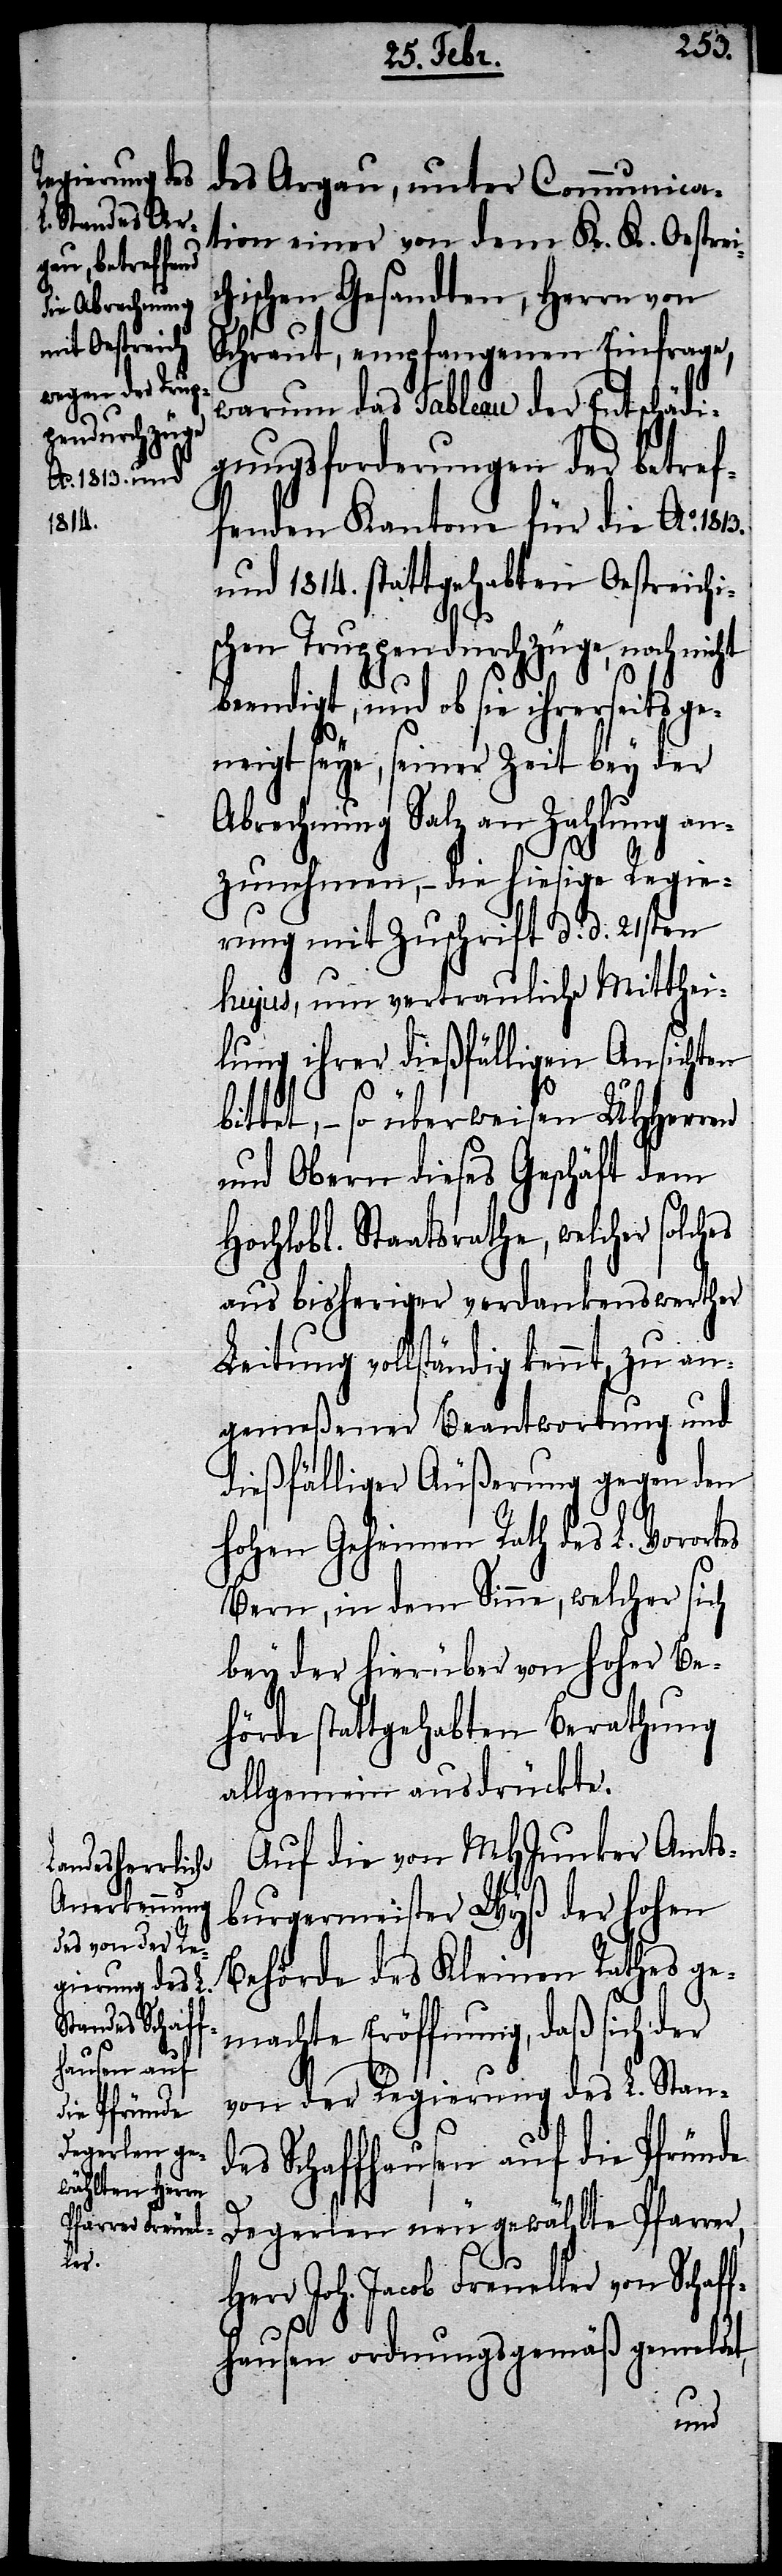
1813.

des Argau, unter Communica¬
tion einer von dem K. K. Oestrei¬
chischen Gesandten, Herrn von
Schraut, empfangenen Einfrage,
warum das Tableau der Entschädi¬
gungsforderungen der betref¬
fenden Kantone für die Ao.
und 1814. stattgehabten Oestreichi¬
schen Truppendurchzüge, noch nicht
beendigt, und ob sie ihrerseits ge¬
neigt seye, seiner Zeit bey der
Abrechnung Salz an Zahlung an¬
zunehmen, – die hiesige Regie¬
rung mit Zuschrift d. d. 21sten
hujus, um vertrauliche Mitthei¬
lung ihrer dießfälligen Ansichten
bittet, – so überweisen UHHerren
und Obern dieses Geschäft dem
Hochlobl. Staatsrathe, welcher solch¬
aus bisheriger verdankenswerther
Leitung vollständig kennt, zu an¬
gemeßener Beantwortung und
dießfälliger Äußerung gegen den
es
hohen Geheimen Rath des L. Vorortes
Bern, in dem Sinne, welcher sich
bey der hierüber von hoher Be¬
hörde stattgehabten Berathung
allgemein ausdrückte.
Auf die von MHJunker Amts¬
burgermeister Wyß der hohen
Behörde des Kleinen Rathes ge¬
machte Eröffnung, daß sich der
von der Regierung des L. Stand¬
es Schaffhausen auf die Pfründe
Degerlen neu gewählte Pfarrer,
Herr Joh. Jacob Freueller von Schaff¬
hausen ordnungsgemäß gemeldet,